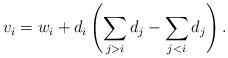
LaTeX: \begin{align*} v_i=w_i+d_i\left(\sum_{j>i}d_j -\sum_{j<i}d_j \right). \end{align*}